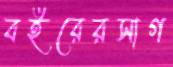
বইরেরসাগ